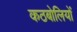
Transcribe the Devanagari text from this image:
कठबोलियों